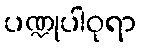
ပဏ္ဍုပါဝုရာ